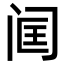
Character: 𬮣